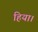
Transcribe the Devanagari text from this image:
हिया।